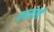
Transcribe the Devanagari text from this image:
ग्रासलेली